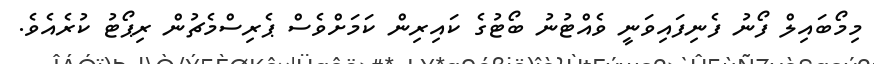
މިމޯބައިލް ފޯނު ފެނިފައިވަނީ ވެއްޓުނު ބޯޓުގެ ކައިރިން ކަމަށްވެސް ޕެރިސްމެޗުން ރިޕޯޓު ކުރެއެވެ.